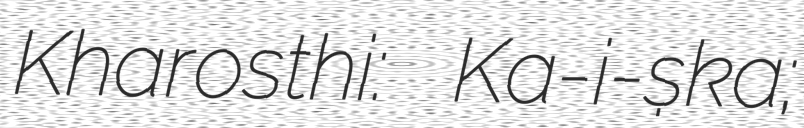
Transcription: Kharosthi: 𐨐𐨞𐨁𐨮𐨿𐨐 Ka-ṇi-ṣka;